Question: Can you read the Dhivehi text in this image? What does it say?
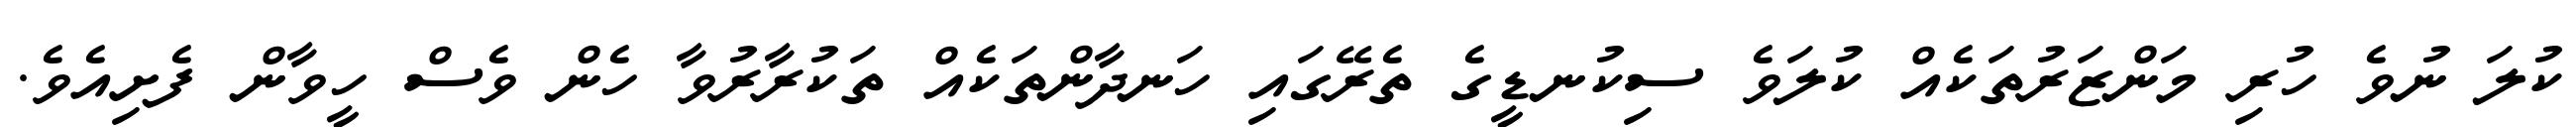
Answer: ކުލަ ނުވެ ހުރި މަންޒަރުތަކެއް ކުލަވެ ސިކުނޑީގެ ތެރޭގައި ހަނދާންތަކެއް ތަކުރާރުވާ ހެން ވެސް ހީވާން ފެށިއެވެ.